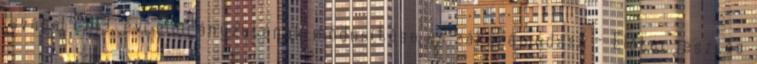
Hivatal 2013. évi előirányzatának módosítása és zárszámadása - Előterjesztés